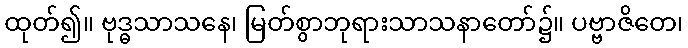
ထုတ်၍။ ဗုဒ္ဓသာသနေ၊ မြတ်စွာဘုရားသာသနာတော်၌။ ပဗ္ဗာဇိတေ၊